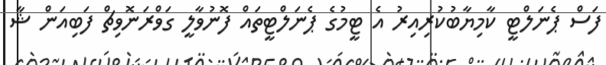
ފަސް ޕެނަލްޓީ ކާމިޔާބުކުރިއިރު އެ ޓީމުގެ ޕެނަލްޓީތައް ފޮނުވާލީ ގަވްރަނޮވިޗް ފަބިއަން ޝާ